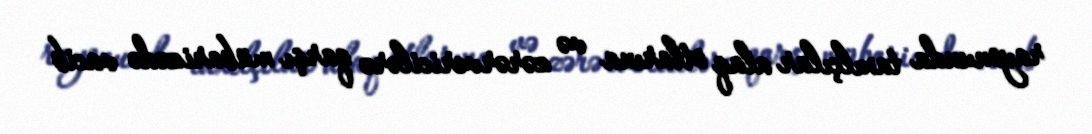
rayonunda taxılçılar alaq otlarına və zərərvericilərə qarşı mübarizədə vacib